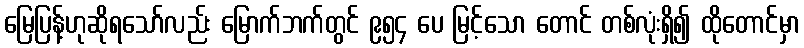
မြေပြန့်ဟုဆိုရသော်လည်း မြောက်ဘက်တွင် ၉၅၄ ပေ မြင့်သော တောင် တစ်လုံးရှိ၍ ထိုတောင်မှာ